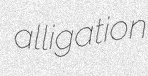
alligation